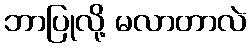
ဘာပြုလို့ မလာတာလဲ